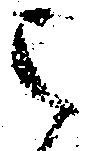
被